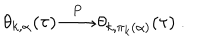
\theta _ { k , \alpha } ( \tau ) \stackrel { P } { \longrightarrow } \theta _ { k , \pi _ { k } ( \alpha ) } ( \tau ) ~ .